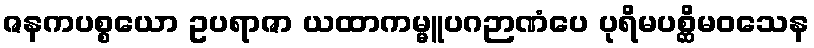
ဇနကပစ္စယော ဥပရာဇာ ယထာကမ္မူပဂဉာဏံပေ ပုရိမပစ္ဆိမဝသေန